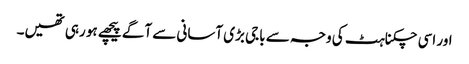
اور اسی چکناہٹ کی وجہ سے باجی بڑی آسانی سے آگے پیچھے ہو رہی تھیں۔